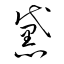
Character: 黛